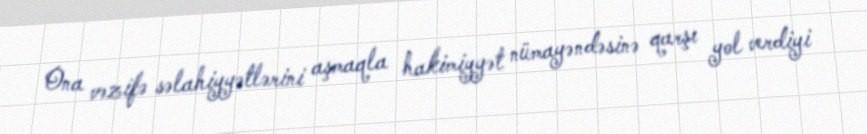
Ona vəzifə səlahiyyətlərini aşmaqla hakimiyyət nümayəndəsinə qarşı yol verdiyi